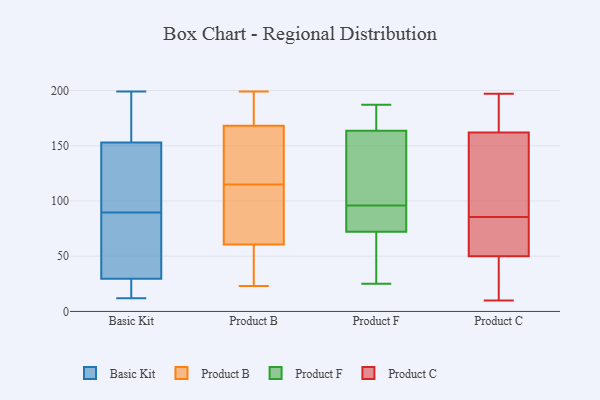
{"axis": {"x": "Gross Profit (USD K)", "y": "Value"}, "legend": ["Basic Kit", "Product B", "Product C", "Product F"], "data": [{"x": "", "y": 20, "type": "Basic Kit"}, {"x": "", "y": 144, "type": "Basic Kit"}, {"x": "", "y": 199, "type": "Basic Kit"}, {"x": "", "y": 29, "type": "Basic Kit"}, {"x": "", "y": 19, "type": "Basic Kit"}, {"x": "", "y": 147, "type": "Basic Kit"}, {"x": "", "y": 12, "type": "Basic Kit"}, {"x": "", "y": 141, "type": "Basic Kit"}, {"x": "", "y": 161, "type": "Basic Kit"}, {"x": "", "y": 101, "type": "Basic Kit"}, {"x": "", "y": 161, "type": "Basic Kit"}, {"x": "", "y": 78, "type": "Basic Kit"}, {"x": "", "y": 154, "type": "Basic Kit"}, {"x": "", "y": 59, "type": "Basic Kit"}, {"x": "", "y": 57, "type": "Basic Kit"}, {"x": "", "y": 30, "type": "Basic Kit"}, {"x": "", "y": 57, "type": "Basic Kit"}, {"x": "", "y": 152, "type": "Basic Kit"}, {"x": "", "y": 16, "type": "Basic Kit"}, {"x": "", "y": 197, "type": "Basic Kit"}, {"x": "", "y": 179, "type": "Product B"}, {"x": "", "y": 23, "type": "Product B"}, {"x": "", "y": 39, "type": "Product B"}, {"x": "", "y": 121, "type": "Product B"}, {"x": "", "y": 98, "type": "Product B"}, {"x": "", "y": 35, "type": "Product B"}, {"x": "", "y": 198, "type": "Product B"}, {"x": "", "y": 194, "type": "Product B"}, {"x": "", "y": 112, "type": "Product B"}, {"x": "", "y": 135, "type": "Product B"}, {"x": "", "y": 199, "type": "Product B"}, {"x": "", "y": 129, "type": "Product B"}, {"x": "", "y": 48, "type": "Product B"}, {"x": "", "y": 115, "type": "Product B"}, {"x": "", "y": 101, "type": "Product B"}, {"x": "", "y": 84, "type": "Product F"}, {"x": "", "y": 46, "type": "Product F"}, {"x": "", "y": 116, "type": "Product F"}, {"x": "", "y": 187, "type": "Product F"}, {"x": "", "y": 25, "type": "Product F"}, {"x": "", "y": 52, "type": "Product F"}, {"x": "", "y": 96, "type": "Product F"}, {"x": "", "y": 84, "type": "Product F"}, {"x": "", "y": 184, "type": "Product F"}, {"x": "", "y": 180, "type": "Product F"}, {"x": "", "y": 79, "type": "Product F"}, {"x": "", "y": 116, "type": "Product F"}, {"x": "", "y": 158, "type": "Product F"}, {"x": "", "y": 78, "type": "Product C"}, {"x": "", "y": 56, "type": "Product C"}, {"x": "", "y": 184, "type": "Product C"}, {"x": "", "y": 97, "type": "Product C"}, {"x": "", "y": 118, "type": "Product C"}, {"x": "", "y": 63, "type": "Product C"}, {"x": "", "y": 44, "type": "Product C"}, {"x": "", "y": 172, "type": "Product C"}, {"x": "", "y": 71, "type": "Product C"}, {"x": "", "y": 66, "type": "Product C"}, {"x": "", "y": 163, "type": "Product C"}, {"x": "", "y": 15, "type": "Product C"}, {"x": "", "y": 93, "type": "Product C"}, {"x": "", "y": 40, "type": "Product C"}, {"x": "", "y": 10, "type": "Product C"}, {"x": "", "y": 183, "type": "Product C"}, {"x": "", "y": 161, "type": "Product C"}, {"x": "", "y": 103, "type": "Product C"}, {"x": "", "y": 31, "type": "Product C"}, {"x": "", "y": 197, "type": "Product C"}]}